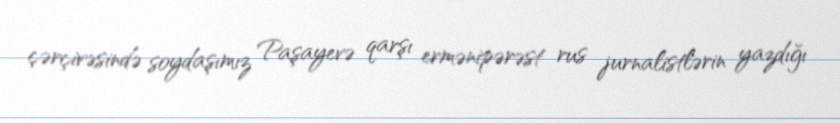
çərçivəsində soydaşımız Paşayevə qarşı ermənipərəst rus jurnalistlərin yazdığı